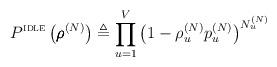
LaTeX: \begin{align*} P^{\textsc{idle}} \left( \pmb{\rho}^{(N)} \right) \triangleq \prod_{u=1}^V \left(1-\rho_u^{(N)} p_u^{(N)} \right)^{N_u^{(N)}}\end{align*}